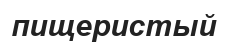
пищеристый